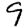
Digit: 9